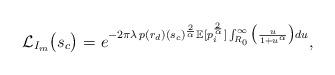
LaTeX: \begin{align*}\mathcal{L}_{I_{m}}\big(s_{c}\big) = & \,\,e^{-2\pi \lambda \, p(r_d) (s_{c})^{\frac{2}{\alpha}} \mathbb{E}[{p^{\frac{2}{\alpha}}_{i}}] \int^{\infty}_{R_0} \big(\frac{u}{1+u^{\alpha}}\big) du},\end{align*}